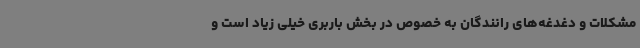
مشکلات و دغدغه‌های رانندگان به خصوص در بخش باربری خیلی زیاد است و